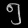
Digit: ၅